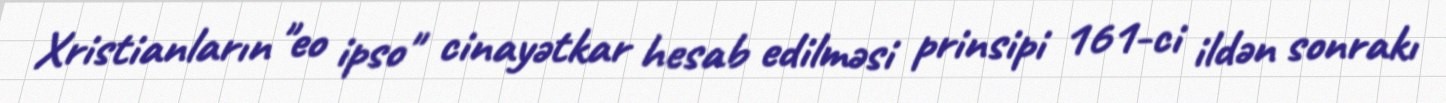
Xristianların "eo ipso" cinayətkar hesab edilməsi prinsipi 161-ci ildən sonrakı